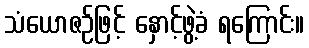
သံယောဇဉ်ဖြင့် နှောင့်ဖွဲ့ခံ ရကြောင်း။